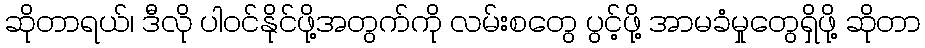
ဆိုတာရယ်၊ ဒီလို ပါဝင်နိုင်ဖို့အတွက်ကို လမ်းစတွေ ပွင့်ဖို့ အာမခံမှုတွေရှိဖို့ ဆိုတာ